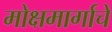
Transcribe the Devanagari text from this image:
मोक्षमार्गाचे